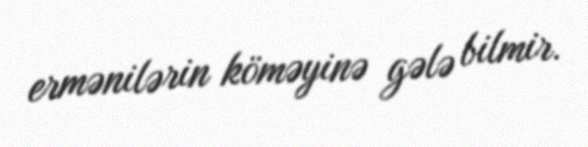
ermənilərin köməyinə gələ bilmir.